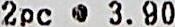
2PC @ 3.90